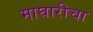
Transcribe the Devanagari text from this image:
माघारीचा